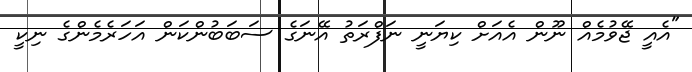
"އެއީ ޖޭވުމެއް ނޫން އެއަށް ކިޔަނީ ނަފްރަތު އޭނަގެ ސަބަބުންކަން އަހަރެމެންގެ ނިކީ